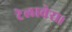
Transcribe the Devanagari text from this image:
टेलावेरा।